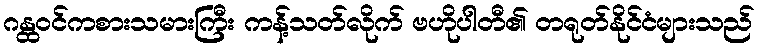
ဂန္ထဝင်ကစားသမားကြီး ကန့်သတ်လိုက် ဗဟိုပါတီ၏ တရုတ်နိုင်ငံများသည်